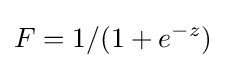
F=1/(1+e^{-z})